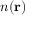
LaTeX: n ( \mathbf { r } )